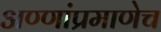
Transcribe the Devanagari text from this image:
अण्णांप्रमाणेच